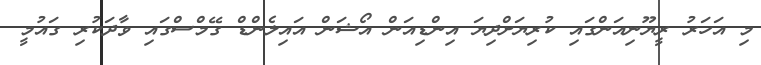
މި އަހަރު ރީޔޫނިއަންގައި ކުރިޔަށްދިޔަ އިންޑިއަން އޯޝަން އައިލެންޑް ގޭމްސްގައި ވާދަކުރި ގައުމީ